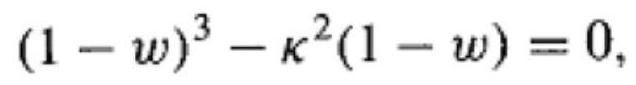
$(1 - w)^{3} - \kappa^{2}(1 - w) = 0,$